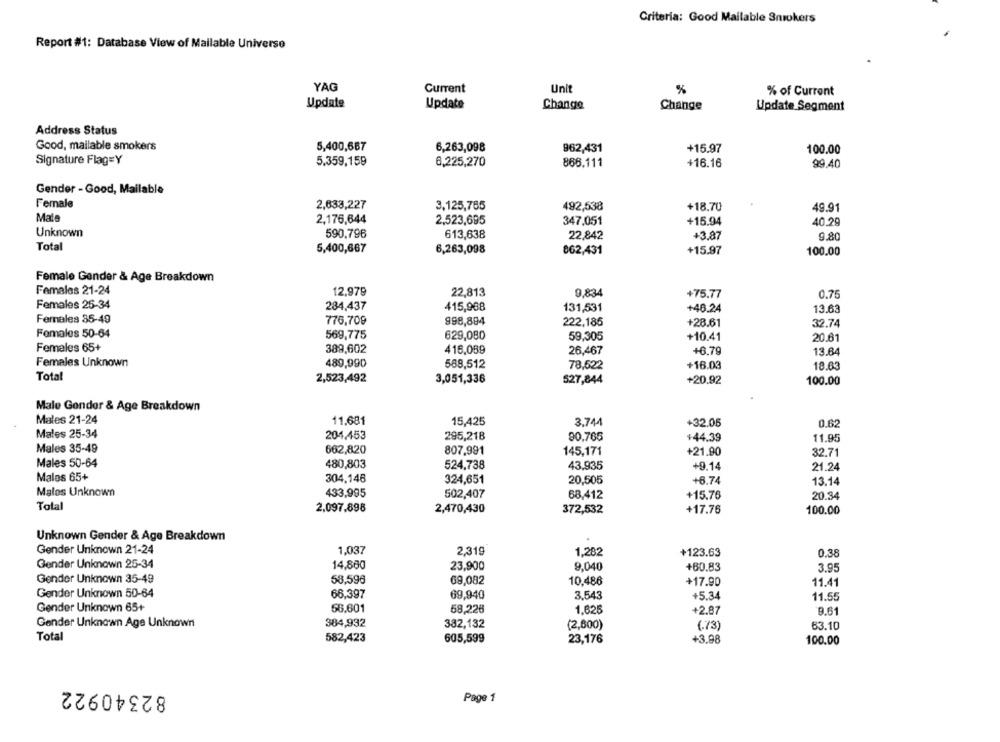
Criteria: Good Mailable Smokers
Report #1: Database View of Mailable Universe
YAG
Current
Unit
%
% of Current
Update
Update
Change
Change
Update Segment
Address Status
Good, mailable smokers
5,400,667
6,263,098
962,431
+15.97
100.00
Signature Flag=Y
5.359,159
6,225,270
866.111
+16.16
99.40
Gender - Good, Mailable
Female
2,633,227
3,125,765
492,538
+18.70
49.91
Male
2,176,644
2,523,695
347.051
+15.94
40.29
Unknown
590.796
613,638
22,842
+3.87
9.80
Total
5,400,667
6,263,098
862,431
+15.97
100.00
Female Gender & Age Breakdown
Females 21-24
12.979
22,813
9,834
+75.77
0.75
Females 25-34
284,437
415,968
131,531
+46.24
13.63
Females 35-49
776,709
998,894
222,185
+28.61
32.74
Females 50-64
569,775
629,080
59,305
+10.41
20.61
Femeles 65+
389,602
4 16,089
26,467
+6.79
13.64
Females Unknown
489,990
588,512
78,522
+16.03
18.63
Total
2,523,492
3,051,336
527,844
+20.92
100.00
Male Gender & Age Breakdown
Males 21-24
11.681
15,425
3.744
+32.05
0.62
Males 25-34
204.453
295,218
90.765
+44.39
11.95
Males 35-49
662,820
807,991
145,171
+21.90
32.71
Males 50-64
480,803
524,738
43,935
+9.14
21.24
Males 65+
304.146
324,651
20,505
+6.74
13.14
Malos Unknown
433,995
502,407
68,412
+15.76
20.34
Total
2,097.898
2,470,430
372,532
+17.76
100.00
Unknown Gender & Age Breakdown
Gender Unknown 21-24
1,037
2.319
1,282
+123.63
0.38
Gender Unknown 25-34
14,860
23,900
9,040
+80.83
3.95
Gender Unknown 35-49
58,596
69,082
10,486
+17.90
11.41
Gender Unknown 50-64
66.397
69,940
3.543
+5.34
11.55
Gender Unknown 65+
56.601
58,226
1,625
+2.87
9.61
Gender Unknown Age Unknown
384,932
382,132
(2,600)
(.73)
63.10
Total
582,423
+3.98
605,599
23,176
100.00
82340922
Page